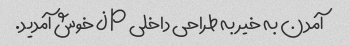
آمدن به خیر به طراحی داخلی j p خوش آمدید.